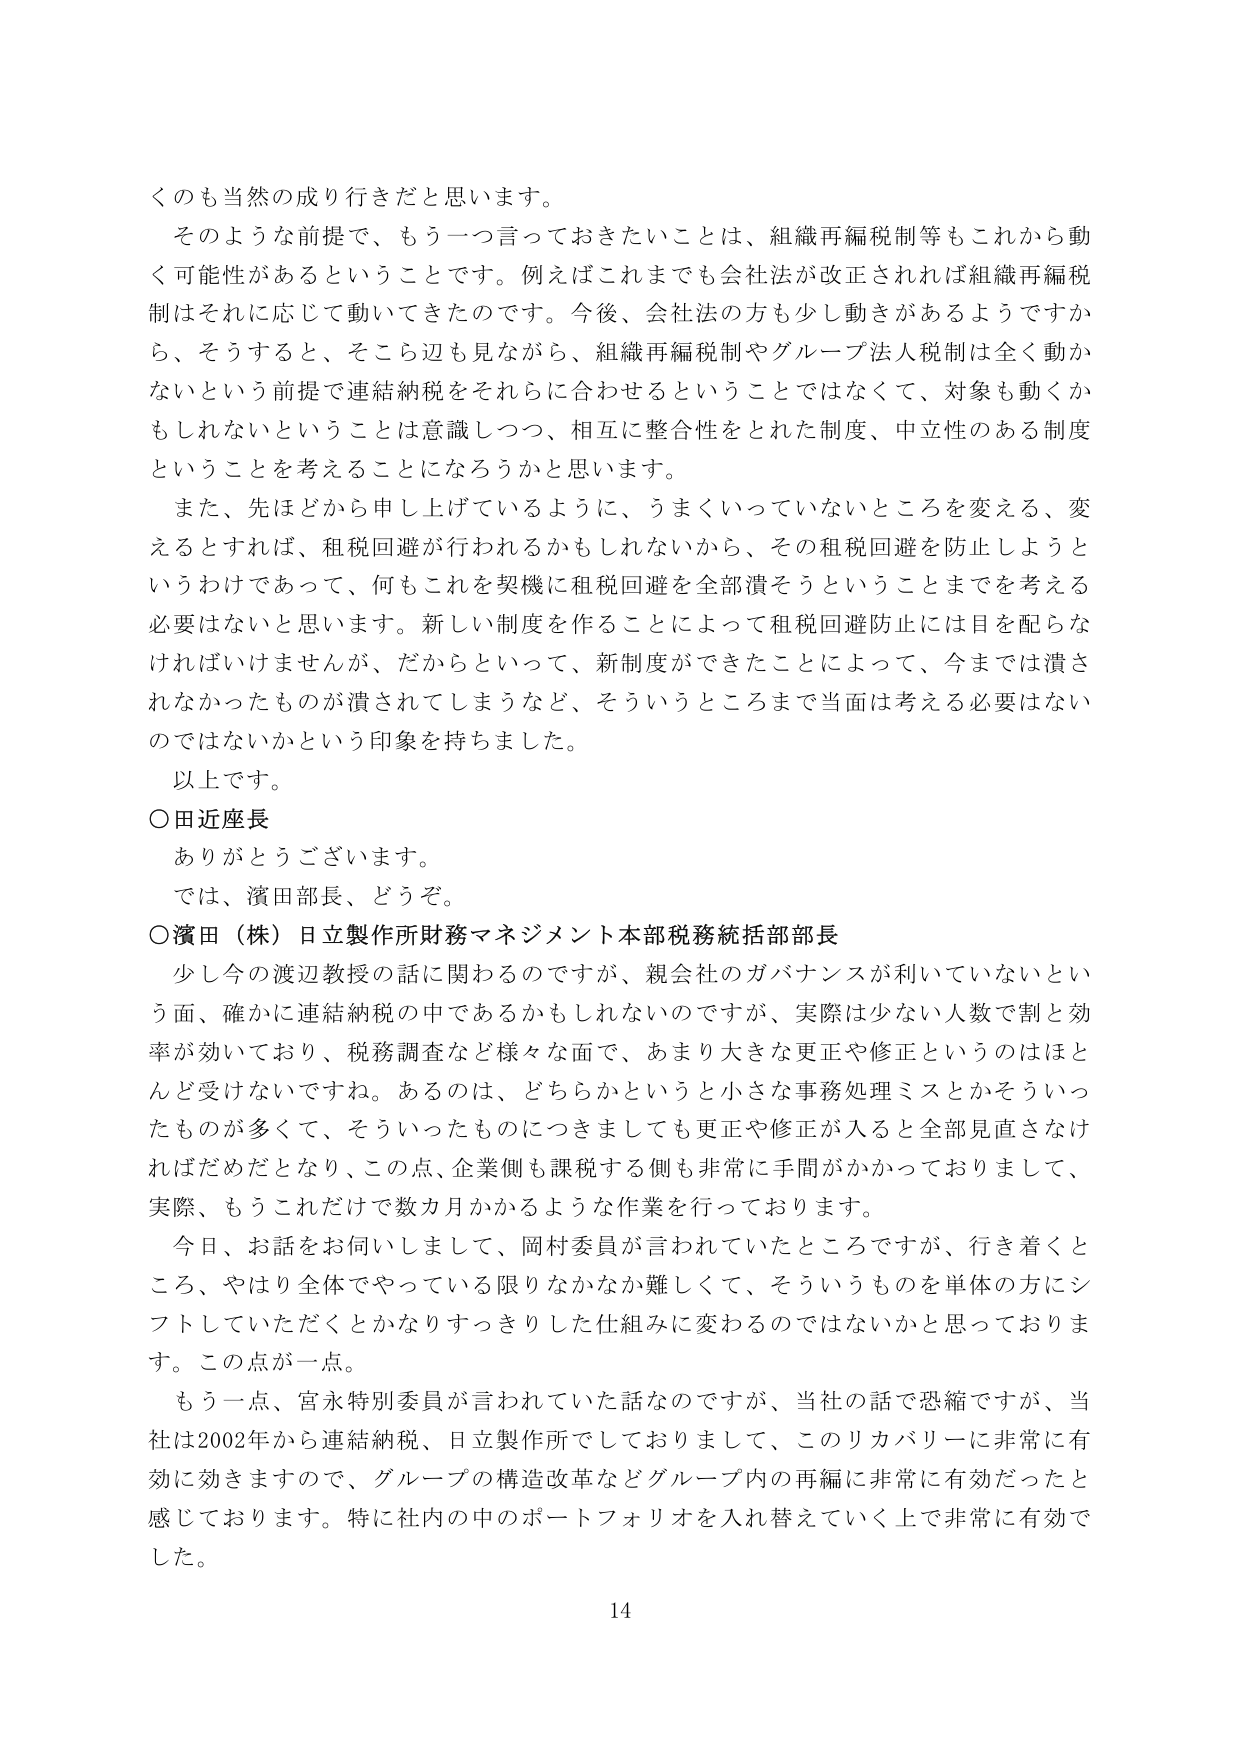
くのも当然の成り行きだと思います。

そのような前提で、もう一つ言っておきたいことは、組織再編税制等もこれから動く可能性があるということです。例えばこれまでも会社法が改正されれば組織再編税制はそれに応じて動いてきたのです。今後、会社法の方も少し動きがあるようですから、そうすると、そこら辺も見ながら、組織再編税制やグループ法人税制は全く動かないという前提で連結納税をそれらに合わせるということではなくて、対象も動くかもしれないということは意識しつつ、相互に整合性をとれた制度、中立性のある制度ということを考えることになろうかと思います。

また、先ほどから申し上げているように、うまくいっていないところを変える、変えるとすれば、租税回避が行われるかもしれないから、その租税回避を防止しようというわけであって、何もこれを契機に租税回避を全部潰そうということまでを考える必要はないと思います。新しい制度を作ることによって租税回避防止には目を配らなければいけませんが、だからといって、新制度ができたことによって、今までは潰されなかったものが潰されてしまうなど、そういうところまで当面は考える必要はないのではないかという印象を持ちました。

以上です。

○田近座長
ありがとうございます。
では、濱田部長、どうぞ。

○濱田（株）日立製作所財務マネジメント本部税務統括部部長
少し今の渡辺教授の話に関わるのですが、親会社のガバナンスが利いていないという面、確かに連結納税の中であるかもしれないのですが、実際は少ない人数で割と効率が効いており、税務調査など様々な面で、あまり大きな更正や修正というのはほとんど受けないですね。あるのは、どちらかというと小さな事務処理ミスとかそういったものが多くて、そういったものにつきましても更正や修正が入ると全部見直さなければだめだとなり、この点、企業側も課税する側も非常に手間がかかっておりまして、実際、もうこれだけで数カ月かかるような作業を行っております。

今日、お話をお伺いしまして、岡村委員が言われていたところですが、行き着くところ、やはり全体でやっている限りなかなか難しくて、そういうものを単体の方にシフトしていただくとかなりすっきりした仕組みに変わるのではないかと思っております。この点が一点。

もう一点、宮永特別委員が言われていた話なのですが、当社の話で恐縮ですが、当社は2002年から連結納税、日立製作所をしておりまして、このリカバリーに非常に有効に効きますので、グループの構造改革などグループ内の再編に非常に有効だったと感じております。特に社内の中のポートフォリオを入れ替えていく上で非常に有効でした。

14